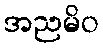
အညမိဝ